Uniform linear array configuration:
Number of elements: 12
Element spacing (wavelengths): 1
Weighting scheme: uniform
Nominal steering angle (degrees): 30
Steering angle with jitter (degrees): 28.761
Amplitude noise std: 0.05
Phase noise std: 0.05

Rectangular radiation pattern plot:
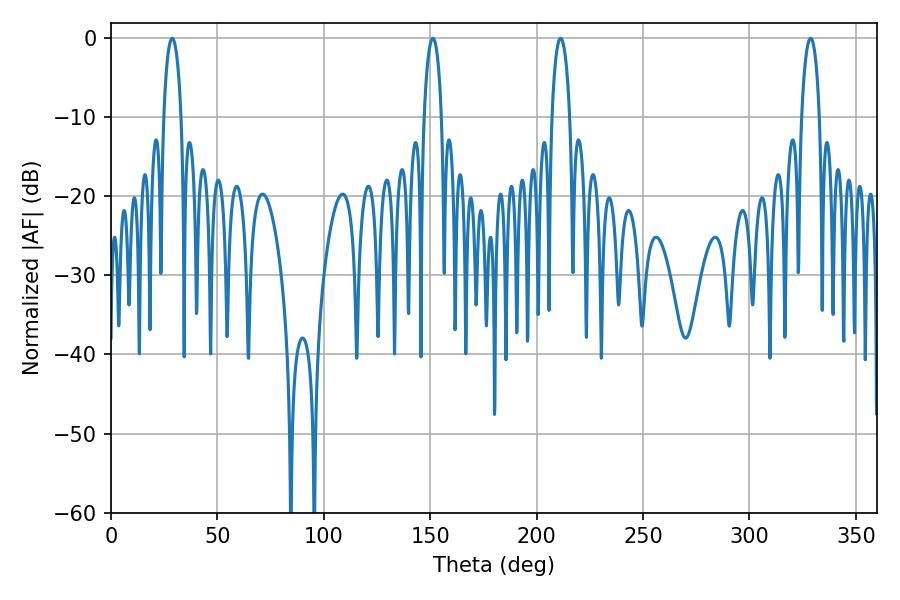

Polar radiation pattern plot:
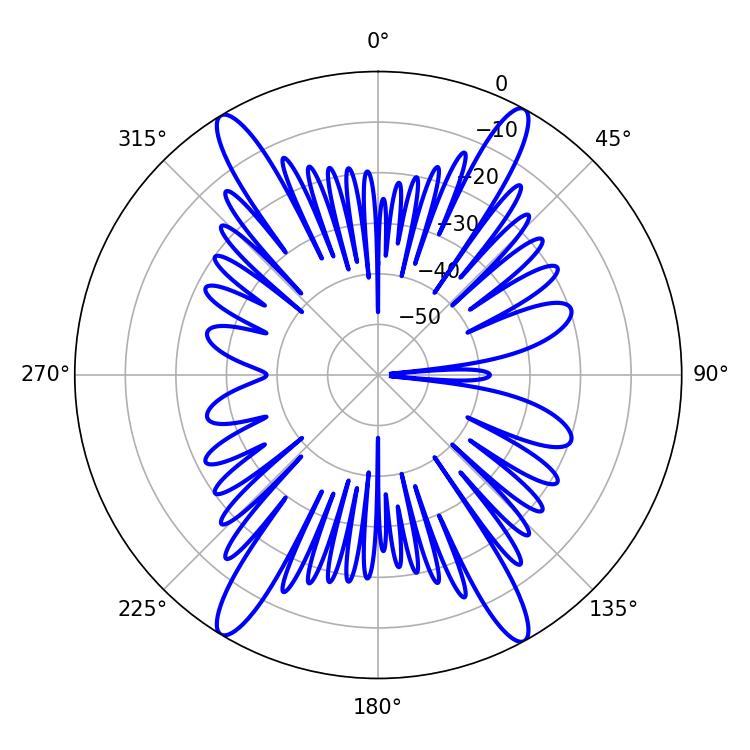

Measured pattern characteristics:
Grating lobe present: TRUE
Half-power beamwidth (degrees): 4.68
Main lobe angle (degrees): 28.8